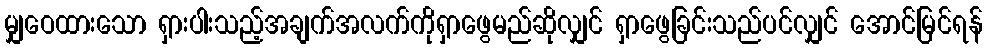
မျှဝေထားသော ရှားပါးသည့်အချက်အလက်ကိုရှာဖွေမည်ဆိုလျှင် ရှာဖွေခြင်းသည်ပင်လျှင် အောင်မြင်ရန်